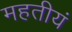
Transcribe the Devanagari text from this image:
महतीयं